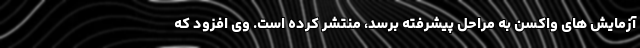
آزمایش های واکسن به مراحل پیشرفته برسد، منتشر کرده است. وی افزود که